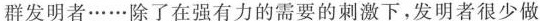
群发明者\cdots \cdots除了在强有力的需要的刺激下，发明者很少做